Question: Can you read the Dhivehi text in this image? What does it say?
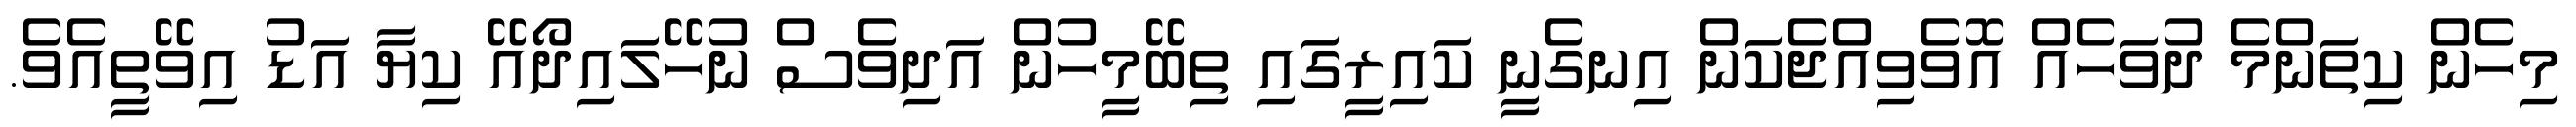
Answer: މިހެން ކިތަންމެ ދުވަހެއް އޮވެވިއްޖެކަން އިނގެނީ ކައިރީގައި ތިބޭމީހުން އަދިވެސް ނުހޭލައިދޯއޭ ކިޔާ އަޑު އިވޭތީއެވެ.